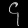
Digit: ၄